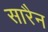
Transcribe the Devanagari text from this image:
सारैन